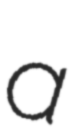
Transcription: a